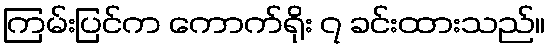
ကြမ်းပြင်က ကောက်ရိုး ၇ ခင်းထားသည်။